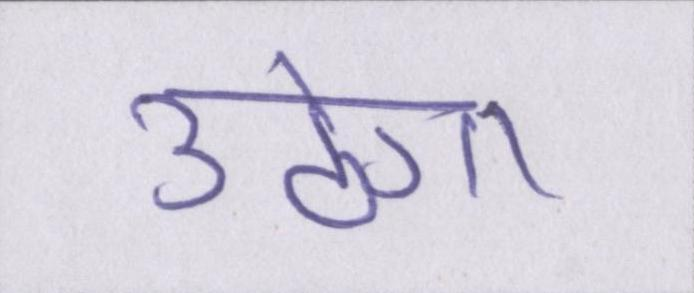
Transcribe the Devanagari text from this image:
उठेगा